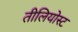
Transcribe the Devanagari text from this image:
तीलियोस्ट